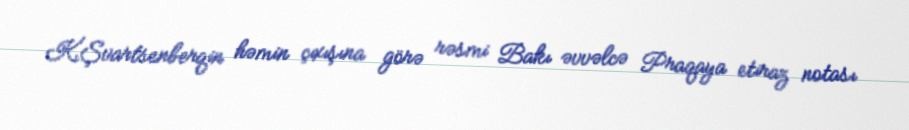
K.Şvartsenberqin həmin çıxışına görə rəsmi Bakı əvvəlcə Praqaya etiraz notası